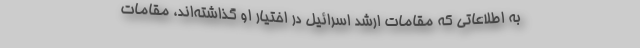
به اطلاعاتی که مقامات ارشد اسرائیل در اختیار او گذاشته‌اند، مقامات